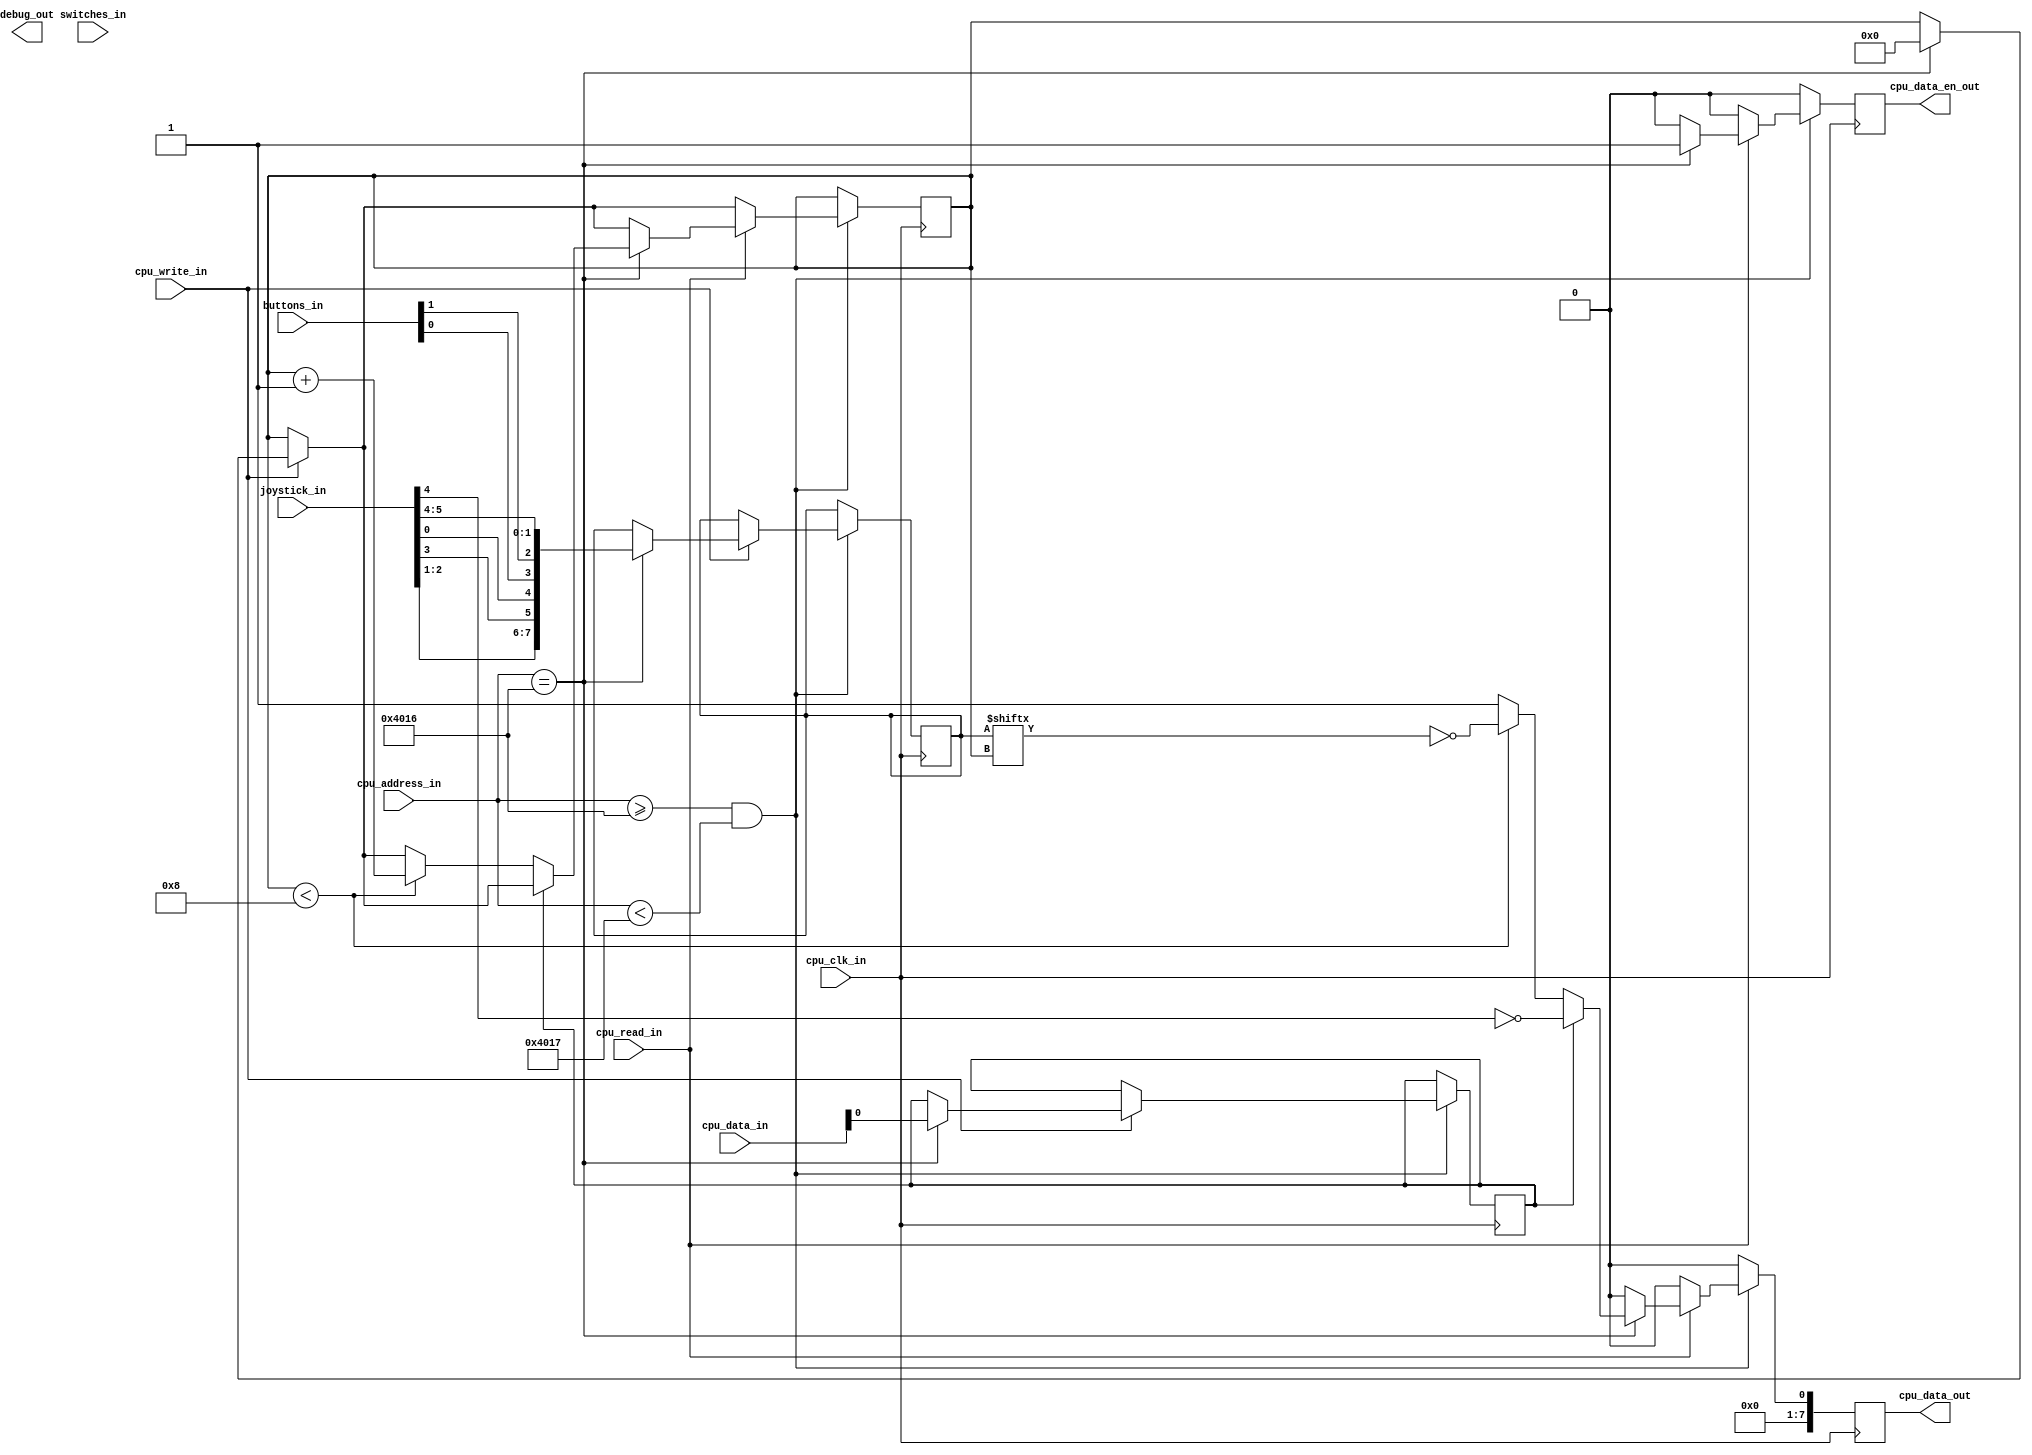
/*
   Whirlwind NES - NES compatible FPGA core
   Copyright (C) 2020  Anthony Westbrook (twestbrook@oursyntheticdreams.com)

   This program is free software; you can redistribute it and/or modify
   it under the terms of the GNU General Public License as published by
   the Free Software Foundation; either version 3 of the License, or
   (at your option) any later version.

   This program is distributed in the hope that it will be useful,
   but WITHOUT ANY WARRANTY; without even the implied warranty of
   MERCHANTABILITY or FITNESS FOR A PARTICULAR PURPOSE.  See the
   GNU General Public License for more details.

   You should have received a copy of the GNU General Public License
   along with this program; if not, write to the Free Software Foundation,
   Inc., 51 Franklin Street, Fifth Floor, Boston, MA 02110-1301  USA
*/

module joy(
	input cpu_clk_in,
	input cpu_read_in,
	input cpu_write_in,	
	input [15:0] cpu_address_in,
	input [7:0] cpu_data_in,
	input [5:0] joystick_in,
	input [3:0] buttons_in,
	output reg cpu_data_en_out,
	output reg [7:0] cpu_data_out,
	
	input [9:0] switches_in,	
	output reg [15:0] debug_out
);

localparam IO_JOY_START = 16'h4016;
localparam IO_JOY_SIZE = 16'h0001;
localparam IO_JOY_STATUS = 16'h4016;
localparam JOY_UP = 0;
localparam JOY_LEFT = 1;
localparam JOY_RIGHT = 2;
localparam JOY_DOWN = 3;
localparam JOY_BUTTON_A = 4;
localparam JOY_BUTTON_B = 5;

reg strobe;
reg [3:0] bit_pos;
reg [7:0] state;

wire io_enable;

assign io_enable = (cpu_address_in >= IO_JOY_START) && (cpu_address_in < (IO_JOY_START + IO_JOY_SIZE));

// Process CPU IO
task cpu_io;
	reg update_registers;
	
	begin
		update_registers = 0;
		
		if (io_enable) begin
			// Writes
			if (cpu_write_in) begin
				if (cpu_address_in == IO_JOY_STATUS) begin
					state <= {joystick_in[JOY_RIGHT], joystick_in[JOY_LEFT], joystick_in[JOY_DOWN], joystick_in[JOY_UP], buttons_in[0], buttons_in[1], joystick_in[JOY_BUTTON_B], joystick_in[JOY_BUTTON_A]};
					strobe <= cpu_data_in[0];
					bit_pos <= 0;
				end
			end
		
			// Reads
			if (cpu_read_in) begin
				// Provide data for status register
				if (cpu_address_in == IO_JOY_STATUS) begin
					if (strobe) begin
						cpu_data_out <= {7'b0000000, ~joystick_in[JOY_BUTTON_A]};
					end
					else if (bit_pos < 8) begin
						cpu_data_out <= {7'b0000000, ~state[bit_pos]};
						bit_pos <= bit_pos + 4'h1;
					end
					else begin
						cpu_data_out <= 8'h01;
						
					end
					
					cpu_data_en_out <= 1;
				end
			end
		end		
	end
endtask

task init_output;
	begin
		cpu_data_out <= 0;
		cpu_data_en_out <= 0;
	end
endtask

initial begin
	strobe = 0;
	bit_pos = 4'h0;
	state = 8'h00;
end

// CPU clock - process logic and IO
always @ (posedge cpu_clk_in) begin
	init_output();
	cpu_io();
end

endmodule